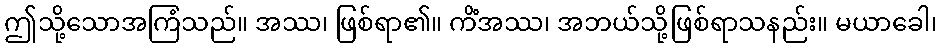
ဤသို့သောအကြံသည်။ အဿ၊ ဖြစ်ရာ၏။ ကိံအဿ၊ အဘယ်သို့ဖြစ်ရာသနည်း။ မယာခေါ၊